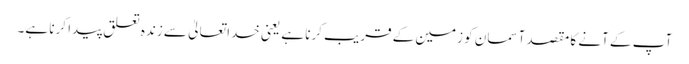
آپ کے آنے کا مقصد آسمان کو زمین کے قریب کرنا ہے یعنی خدا تعالیٰ سے زندہ تعلق پیدا کرنا ہے۔